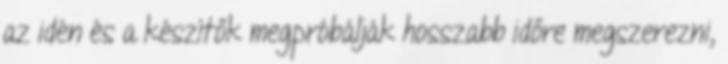
az idén és a készítők megpróbálják hosszabb időre megszerezni,